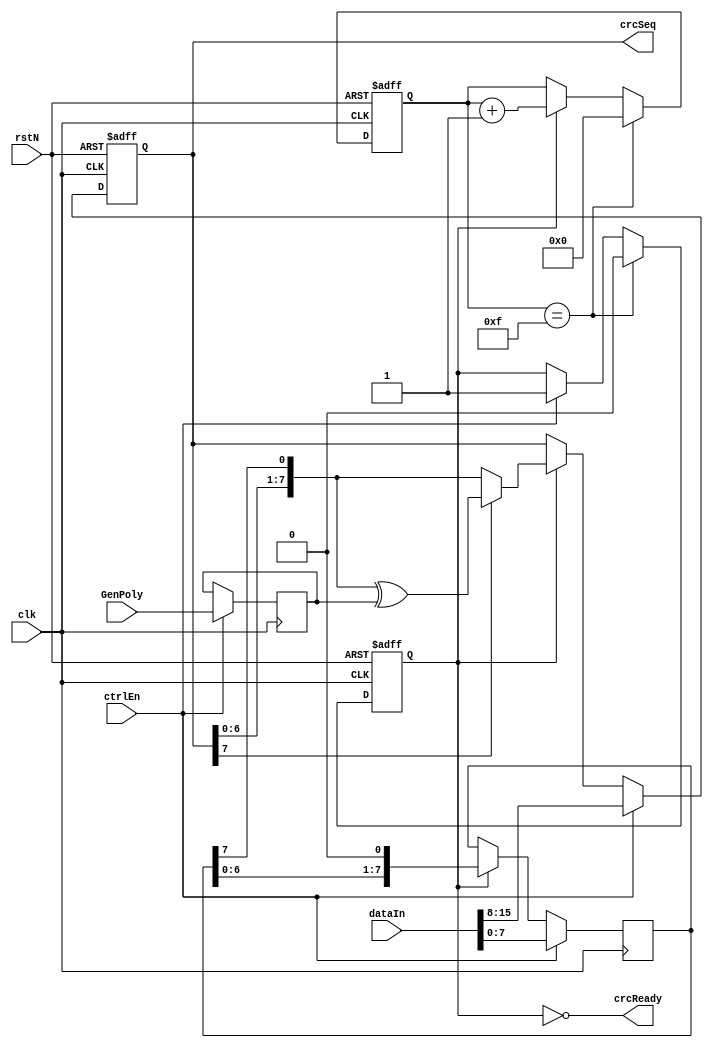
//-------------------------------------------
//Website : https://nguyenquanicd.blogspot.com/
// Project:	Serial CRC calculation with inital value
// Function:
// -- Load the initial value which is MSBs of input data
//    before calculating
// -- Number of calculation cycles = Number of LSBs + CRC width
//===================================================================================
module crcInitialValue (
   clk,
   rstN,
   ctrlEn,
   dataIn,
   GenPoly,
   crcSeq,
   crcReady
   );
  parameter CRC_WIDTH  = 8;
  parameter DWIDTH     = 16;
  parameter DWIDTH_LSB = DWIDTH-CRC_WIDTH;
  parameter COUNTERW   = clog2(DWIDTH);
  //
  //Inputs
  //
  input clk;
  input rstN;
  input ctrlEn;
  input [DWIDTH-1:0] dataIn;
  input [CRC_WIDTH-1:0] GenPoly;
  //
  //Outputs
  //
  output reg [CRC_WIDTH-1:0] crcSeq;
  output wire crcReady;
  //
  //Internal signals
  //
  reg [DWIDTH_LSB-1:0] dataInReg;
  reg [CRC_WIDTH-1:0] GenPolyReg;
  reg calStatus;
  wire clrmCounter;
  reg [COUNTERW-1:0] mCounter;
  //--------------------------------------
  //Set the calculation status
  //--------------------------------------
  always @ (posedge clk, negedge rstN) begin
    if (~rstN)
      calStatus <= 1'b0;
    else if (clrmCounter)
      calStatus <= 1'b0;
    else if (ctrlEn)
      calStatus <= 1'b1;
  end
  //--------------------------------------
  //Store data and Generator polynomial
  //--------------------------------------
  always @ (posedge clk) begin
    if (ctrlEn)
      GenPolyReg[CRC_WIDTH-1:0] <= GenPoly[CRC_WIDTH-1:0];
  end
  always @ (posedge clk) begin
    if (ctrlEn)
      dataInReg[DWIDTH_LSB-1:0]   <= dataIn[DWIDTH_LSB-1:0];
    else if (calStatus)
      dataInReg[DWIDTH_LSB-1:0]   <= dataInReg[DWIDTH_LSB-1:0] << 1;
  end
  //--------------------------------------
  //Monitor counter
  //--------------------------------------
  assign clrmCounter = (mCounter[COUNTERW-1:0] == DWIDTH-1);
  always @ (posedge clk, negedge rstN) begin
    if (~rstN)
      mCounter[COUNTERW-1:0] <= {COUNTERW{1'b0}};
    else if (clrmCounter)
      mCounter[COUNTERW-1:0] <= {COUNTERW{1'b0}};
    else if (calStatus)
      mCounter[COUNTERW-1:0] <= mCounter[COUNTERW-1:0] + 1'b1;
  end
  //--------------------------------------
  //Ready signal
  //--------------------------------------
  assign crcReady = ~calStatus;
  //--------------------------------------
  //CRC register which contains CRC value
  //--------------------------------------
  always @ (posedge clk, negedge rstN) begin
    if (~rstN)
      crcSeq[CRC_WIDTH-1:0] <= {CRC_WIDTH{1'b0}};
    else if (ctrlEn)
      //Load MSB of dataIn
      crcSeq[CRC_WIDTH-1:0] <= dataIn[DWIDTH-1:DWIDTH-CRC_WIDTH];
    else if (calStatus) begin
      if (crcSeq[CRC_WIDTH-1])
        crcSeq[CRC_WIDTH-1:0] <= {crcSeq[CRC_WIDTH-2:0], dataInReg[DWIDTH_LSB-1]}^GenPolyReg[CRC_WIDTH-1:0];
      else 
        crcSeq[CRC_WIDTH-1:0] <= {crcSeq[CRC_WIDTH-2:0], dataInReg[DWIDTH_LSB-1]};
    end
  end
  //-----------------------------------------------------------
  //log2 function - Not for synthesizing
  //Only use to calculate the parameter value
  //-----------------------------------------------------------
  function integer clog2; 
    input integer value; 
	  integer i;
    begin 
      clog2 = 0;
      for(i = 0; 2**i < value; i = i + 1) 
        clog2 = i + 1; 
      end
  endfunction

endmodule